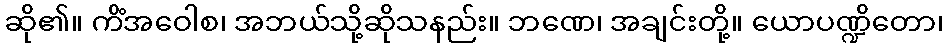
ဆို၏။ ကိံအဝေါစ၊ အဘယ်သို့ဆိုသနည်း။ ဘဏေ၊ အချင်းတို့။ ယောပဏ္ဍိတော၊